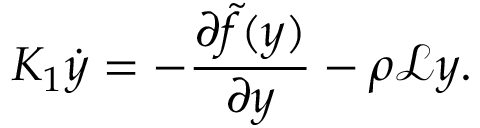
K _ { 1 } \dot { y } = - \frac { \partial \tilde { f } ( y ) } { \partial y } - \rho \mathcal { L } y .